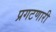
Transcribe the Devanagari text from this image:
प्रगटणारी